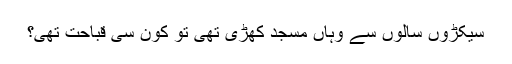
سیکڑوں سالوں سے وہاں مسجد کھڑی تھی تو کون سی قباحت تھی؟